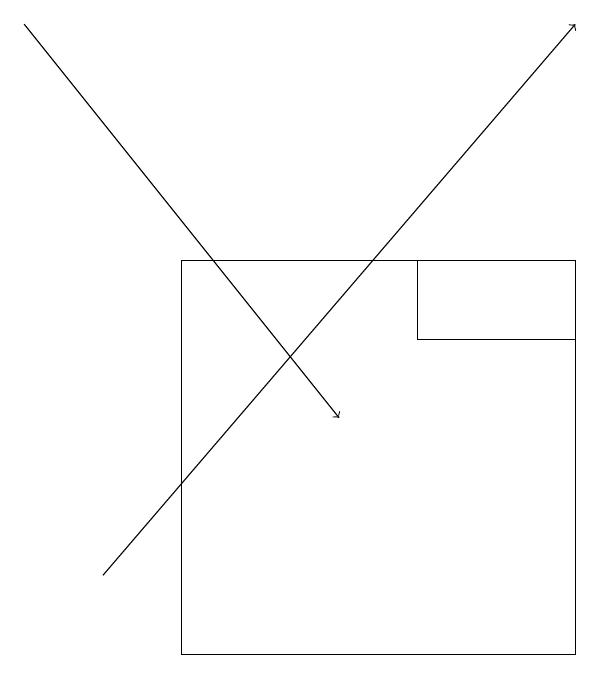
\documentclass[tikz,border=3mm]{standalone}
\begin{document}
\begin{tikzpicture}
\draw (7,16) rectangle (5,15);
\draw (2,11) rectangle (7,16);
\draw[->] (1,12) -- (7,19);
\draw[->] (0,19) -- (4,14);
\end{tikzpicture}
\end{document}